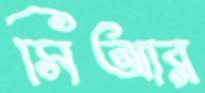
সিআর